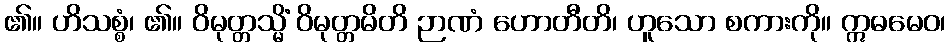
၏။ ဟိသစ္စံ၊ ၏။ ဝိမုတ္တသ္မိံ ဝိမုတ္တမိတိ ဉာဏံ ဟောတီတိ၊ ဟူသော စကားကို။ ဣဓမေဝ၊